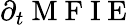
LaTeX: \partial_{t}\mathrm{~M~F~I~E~}